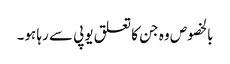
بالخصوص وہ جن کا تعلق یوپی سے رہا ہو۔